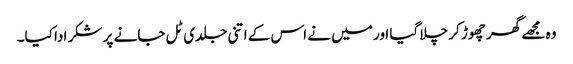
وہ مجھے گھر چھوڑ کر چلا گیا اور میں نے اس کے اتنی جلدی ٹل جانے پر شکر ادا کیا۔